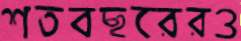
শতবছরেরও